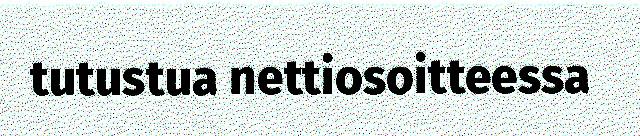
tutustua nettiosoitteessa